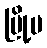
မြို့မ